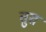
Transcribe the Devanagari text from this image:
तुत